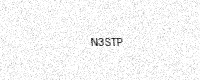
Text: N3STP